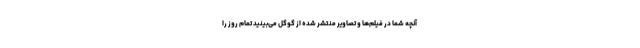
آنچه شما در فیلم‌ها و تصاویر منتشر شده از گوگل می‌بینید تمام روز را